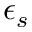
\epsilon _ { s }